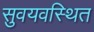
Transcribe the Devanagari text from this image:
सुवयवस्थित